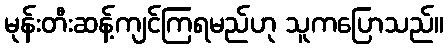
မုန်းတီးဆန့်ကျင်ကြရမည်ဟု သူကပြောသည်။